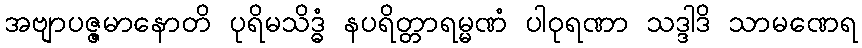
အဗျာပဇ္ဇမာနောတိ ပုရိမသိဒ္ဓံ နပရိတ္တာရမ္မဏံ ပါဝုရဏာ သဒ္ဒါဒိ သာမဏေရ